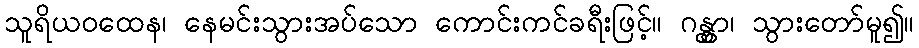
သူရိယဝထေန၊ နေမင်းသွားအပ်သော ကောင်းကင်ခရီးဖြင့်။ ဂန္တွာ၊ သွားတော်မူ၍။